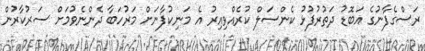
ރަސްގެފާނުގެ އަބޮޑު ދަތުރުފުޅު ކެންސަލް ކުރެއްވިއިރު އެ މަނިކުފާނަށް މަރުހަބާ ދެންނެވުމަށް ސަރުކާރުން